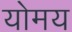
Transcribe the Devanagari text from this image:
योमय